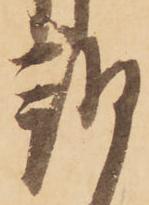
朔